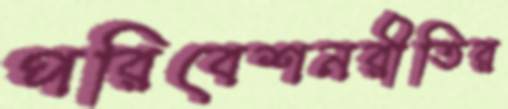
পরিবেশনরীতির